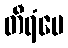
တီရံပေ